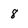
Character: 8